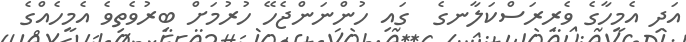
އަދި އެމީހާގެ ވެރިރަސްކަލާނގެ  ގައި ހުންނަންޖެހޭ ހުރުމަށް ބިރުވެތިވެ އެމީހެއްގެ